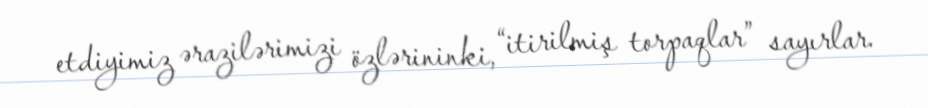
etdiyimiz ərazilərimizi özlərininki, “itirilmiş torpaqlar” sayırlar.